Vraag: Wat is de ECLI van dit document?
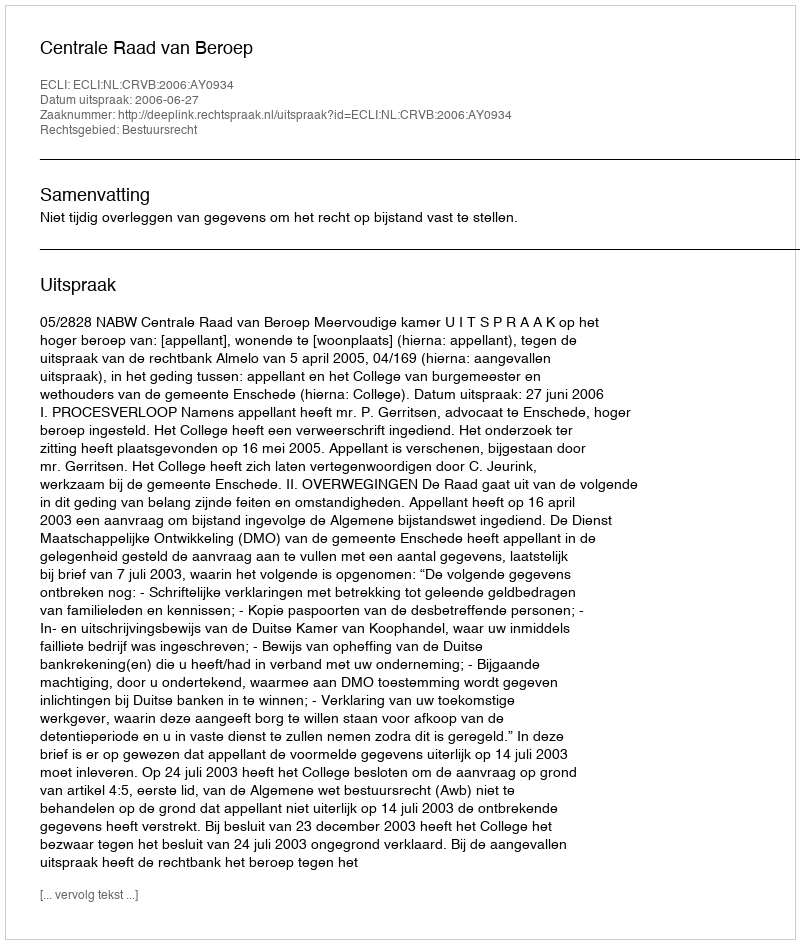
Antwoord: ECLI:NL:CRVB:2006:AY0934